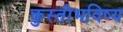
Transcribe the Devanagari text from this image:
कुस्तीभविष्य